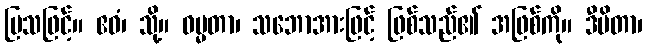
ပြသဖြင့်။ ဧဝံ၊ သို့။ ဓမ္မတာ၊ သဘောအားဖြင့် ဖြစ်သည်၏ အဖြစ်ကို။ ဒီပိတာ၊